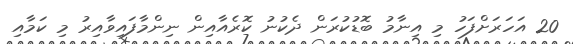
20 އަހަރަށްފަހު މި އިނާމު ބޮޑުކުރަން ދެކުނު ކޮރެއާއިން ނިންމާފައިވާއިރު މި ކަމާއި